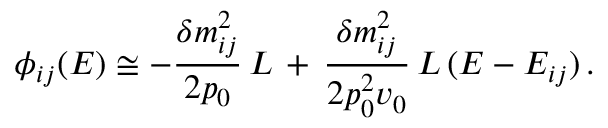
\phi _ { i j } ( E ) \cong - \frac { \delta m _ { i j } ^ { 2 } } { 2 p _ { 0 } } \, L \, + \, \frac { \delta m _ { i j } ^ { 2 } } { 2 p _ { 0 } ^ { 2 } v _ { 0 } } \, L \, ( E - E _ { i j } ) \, .